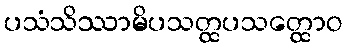
ပသံသိဿာမိပသတ္ထပသတ္ထောဝ